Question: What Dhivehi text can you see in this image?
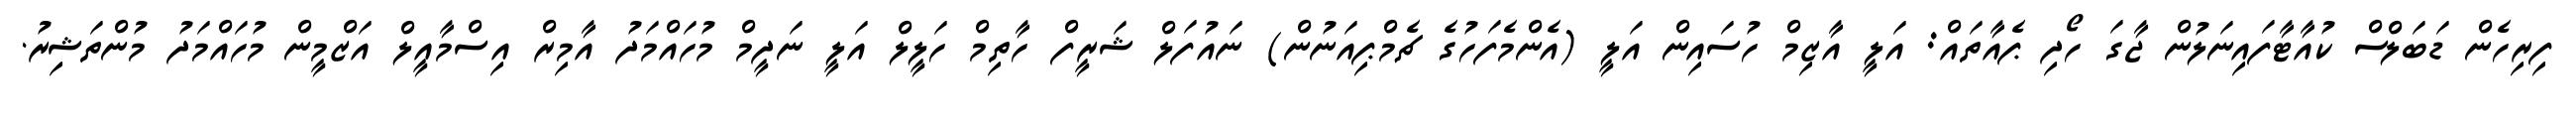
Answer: ފިރިހެން ޑަބަލްސް ކުއާޓާފައިނަލުން ޖާގަ ހޯދި ޕެއާތައް: އަލީ އާޒިމް ހުސައިން އަލީ (އެންމެފަހުގެ ޗެމްޕިއަނުން) ނައުފަލް ޝަރީފް ހާތިމް ހަލީލް އަލީ ނަދީމް މުހައްމަދު އާމިރް އިސްމާއީލް އަޒްމީން މުހައްމަދު މުންތަޝިރު.